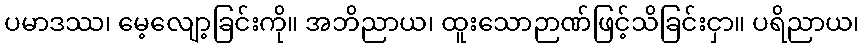
ပမာဒဿ၊ မေ့လျော့ခြင်းကို။ အဘိညာယ၊ ထူးသောဉာဏ်ဖြင့်သိခြင်းငှာ။ ပရိညာယ၊